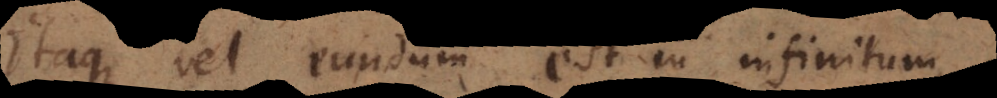
Itaque vel eundum est in infinitum,